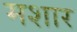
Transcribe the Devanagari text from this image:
मशार